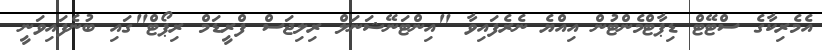
އެމެރިކާގެ ސްޓޭޓް ޑިޕާޓްމެންޓުން އިއްޔެ ނެރެފައިވާ "އިންޓަނޭޝަނަލް ރިލިޖަސް ފްރީޑަމް ރިޕޯޓް"ގައި ބުނެފައިވަނީ